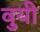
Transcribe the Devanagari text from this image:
वुयी